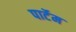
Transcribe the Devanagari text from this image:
पार्टेम